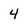
Character: 4